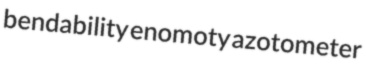
bendability enomoty azotometer